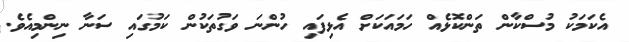
އެކަމަކު މުސްކާން ތަންކޮޅެއް ހަމައަކަށް އެޅިފައި ހުންނަ ވަގުތަކުން ކަމުގައި ސަނާ ނިންމިއެވެ.